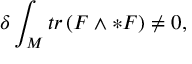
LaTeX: \delta \int _ { M } t r \left( F \wedge * F \right) \neq 0 ,